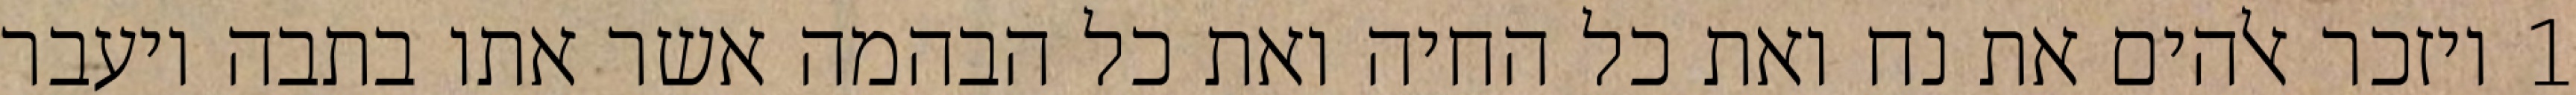
1 ויזכר אלהים את נח ואת כל החיה ואת כל הבהמה אשר אתו בתבה ויעבר